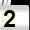
Digit: 2